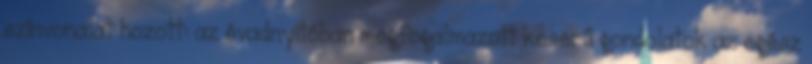
színvonalat hozott: az évadnyitóban megfogalmazott keserű gondolatok az egész